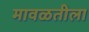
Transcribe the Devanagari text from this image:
मावळतीला